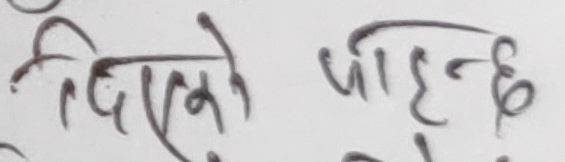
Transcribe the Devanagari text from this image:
दिएको पीहान्छे